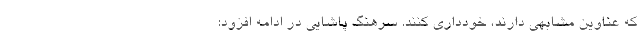
که عناوین مشابهی دارند، خودداری کنند. سرهنگ پاشایی در ادامه افزود: